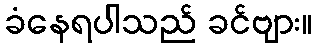
ခံနေရပါသည် ခင်ဗျား။